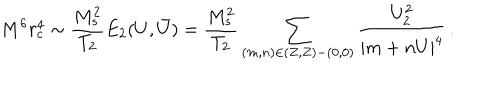
M ^ { 6 } r _ { c } ^ { 4 } \sim \frac { M _ { s } ^ { 2 } } { T _ { 2 } } E _ { 2 } ( U , \bar { U } ) = \frac { M _ { s } ^ { 2 } } { T _ { 2 } } \sum _ { ( m , n ) \in ( Z , Z ) - ( 0 , 0 ) } \frac { U _ { 2 } ^ { 2 } } { | m + n U | ^ { 4 } } \, .